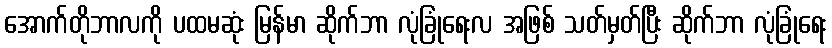
အောက်တိုဘာလကို ပထမဆုံး မြန်မာ ဆိုက်ဘာ လုံခြုံရေးလ အဖြစ် သတ်မှတ်ပြီး ဆိုက်ဘာ လုံခြုံရေး